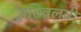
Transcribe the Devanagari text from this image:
अतिवलयी